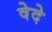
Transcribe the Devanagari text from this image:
वेदे